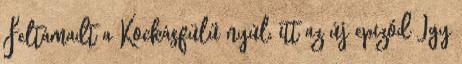
Feltámadt a Kockásfülű nyúl, itt az új epizód Így